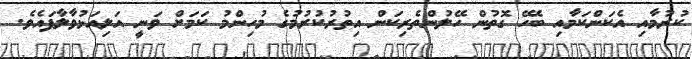
ކުރުމާއި އެކަންކަމާއި ބެހޭ ގޮތުން ހޭލުންތެރިކަން އިތުރުކުރުމުގެ މުހިންމު ކަމަށް ވަނީ އަލިއަޅުވާލާފައެވެ.